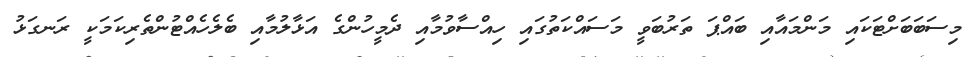
މިސަބަބަށްޓަކައި މަންމައާއި ބައްޕަ ތަރުބަވީ މަސައްކަތުގައި ހިއްސާވުމާއި ދެމީހުންގެ އަޅާލުމާއި ބެލެހެއްޓުންތެރިކަމަކީ ރަނގަޅު